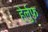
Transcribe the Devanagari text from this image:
हेर्लुफ़